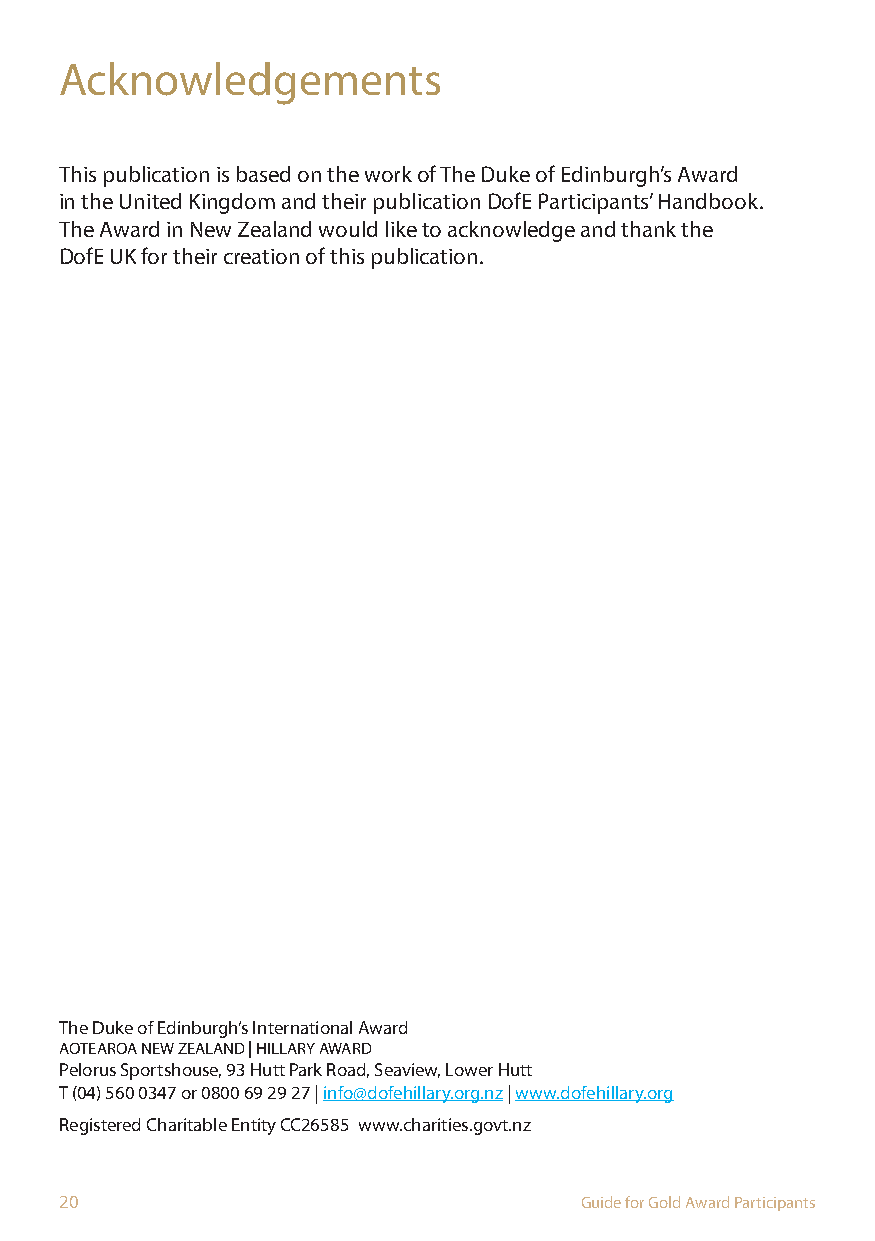
Acknowledgements
 This publication is based on the work of The Duke of Edinburgh’s Award
 in the United Kingdom and their publication DofE Participants’ Handbook.
 The Award in New Zealand would like to acknowledge and thank the
 DofE UK for their creation of this publication.
 The Duke of Edinburgh’s International Award
 AOTEAROA NEW ZEALAND | HILLARY AWARD
 Pelorus Sportshouse, 93 Hutt Park Road, Seaview, Lower Hutt
 T (04) 560 0347 or 0800 69 29 27 | info@dofehillary.org.nz | www.dofehillary.org
 Registered Charitable Entity CC26585 www.charities.govt.nz
 20                                Guide for Gold Award Participants